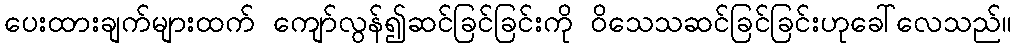
ပေးထားချက်များထက် ကျော်လွန်၍ဆင်ခြင်ခြင်းကို ဝိသေသဆင်ခြင်ခြင်းဟုခေါ်လေသည်။